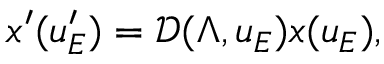
x ^ { \prime } ( u _ { E } ^ { \prime } ) = \mathcal { D } ( \Lambda , u _ { E } ) x ( u _ { E } ) ,